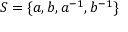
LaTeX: S = \{ a , b , a ^ { - 1 } , b ^ { - 1 } \}